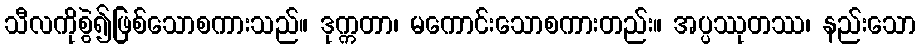
သီလကိုစွဲ၍ဖြစ်သောစကားသည်။ ဒုက္ကတာ၊ မကောင်းသောစကားတည်း။ အပ္ပဿုတဿ၊ နည်းသော